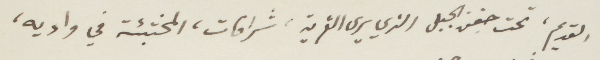
القديم، تحت جفن الجبل الذي يرى القرية، شرافات، المختبئة في واديه،